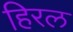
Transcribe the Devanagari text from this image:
हिरल